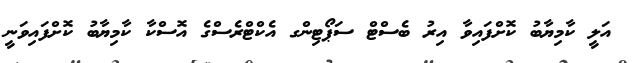
އަލީ ކާމިޔާބު ކޮށްފައިވާ އިރު ބެސްޓް ސަޕޯޓިންގ އެކްޓްރެސްގެ އޮސްކާ ކާމިޔާބު ކޮށްފައިވަނީ